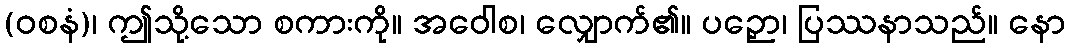
(ဝစနံ)၊ ဤသို့သော စကားကို။ အဝေါစ၊ လျှောက်၏။ ပဉှော၊ ပြဿနာသည်။ နော